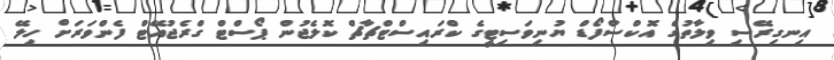
އިނގިރޭސި ވިލާތުގެ އޮކްސްފޯޑް ޔުނިވަސިޓީގެ ކްރައިސްޓްޗާޗް ކޮލެޖުން ޕޯސްޓް ގްރެޖުއޭޓް ފެންވަރަށް ހިލޭ